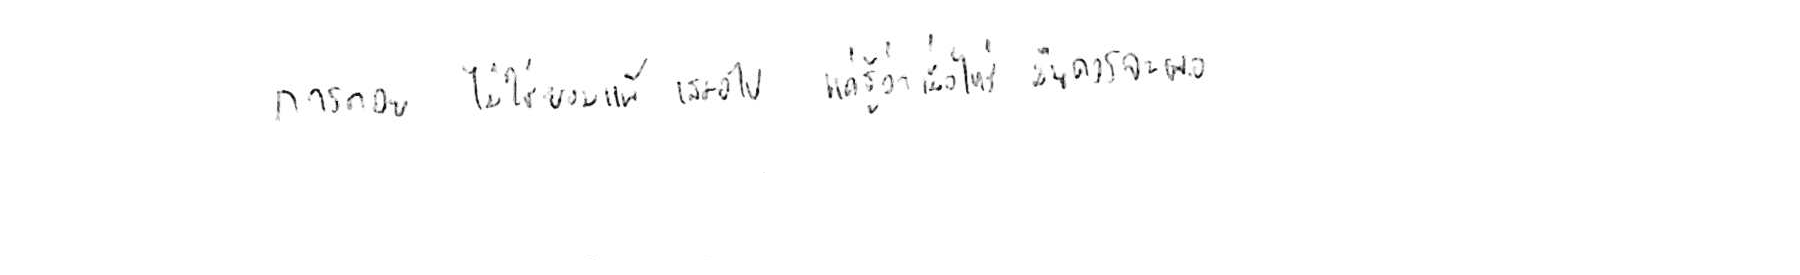
การถอย ไม่ใช่ยอมแพ้ เสมอไป แค่รู้ว่าเมื่อไหร่ มันควรพอ